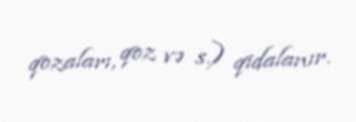
qozaları, qoz və s.) qidalanır.